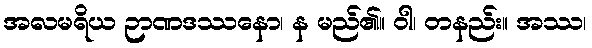
အလမရိယ ဉာဏဒဿနော၊ န မည်၏။ ဝါ၊ တနည်း။ အဿ၊